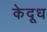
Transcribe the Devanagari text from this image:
केदूध